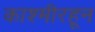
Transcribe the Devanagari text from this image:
काश्मीरहून